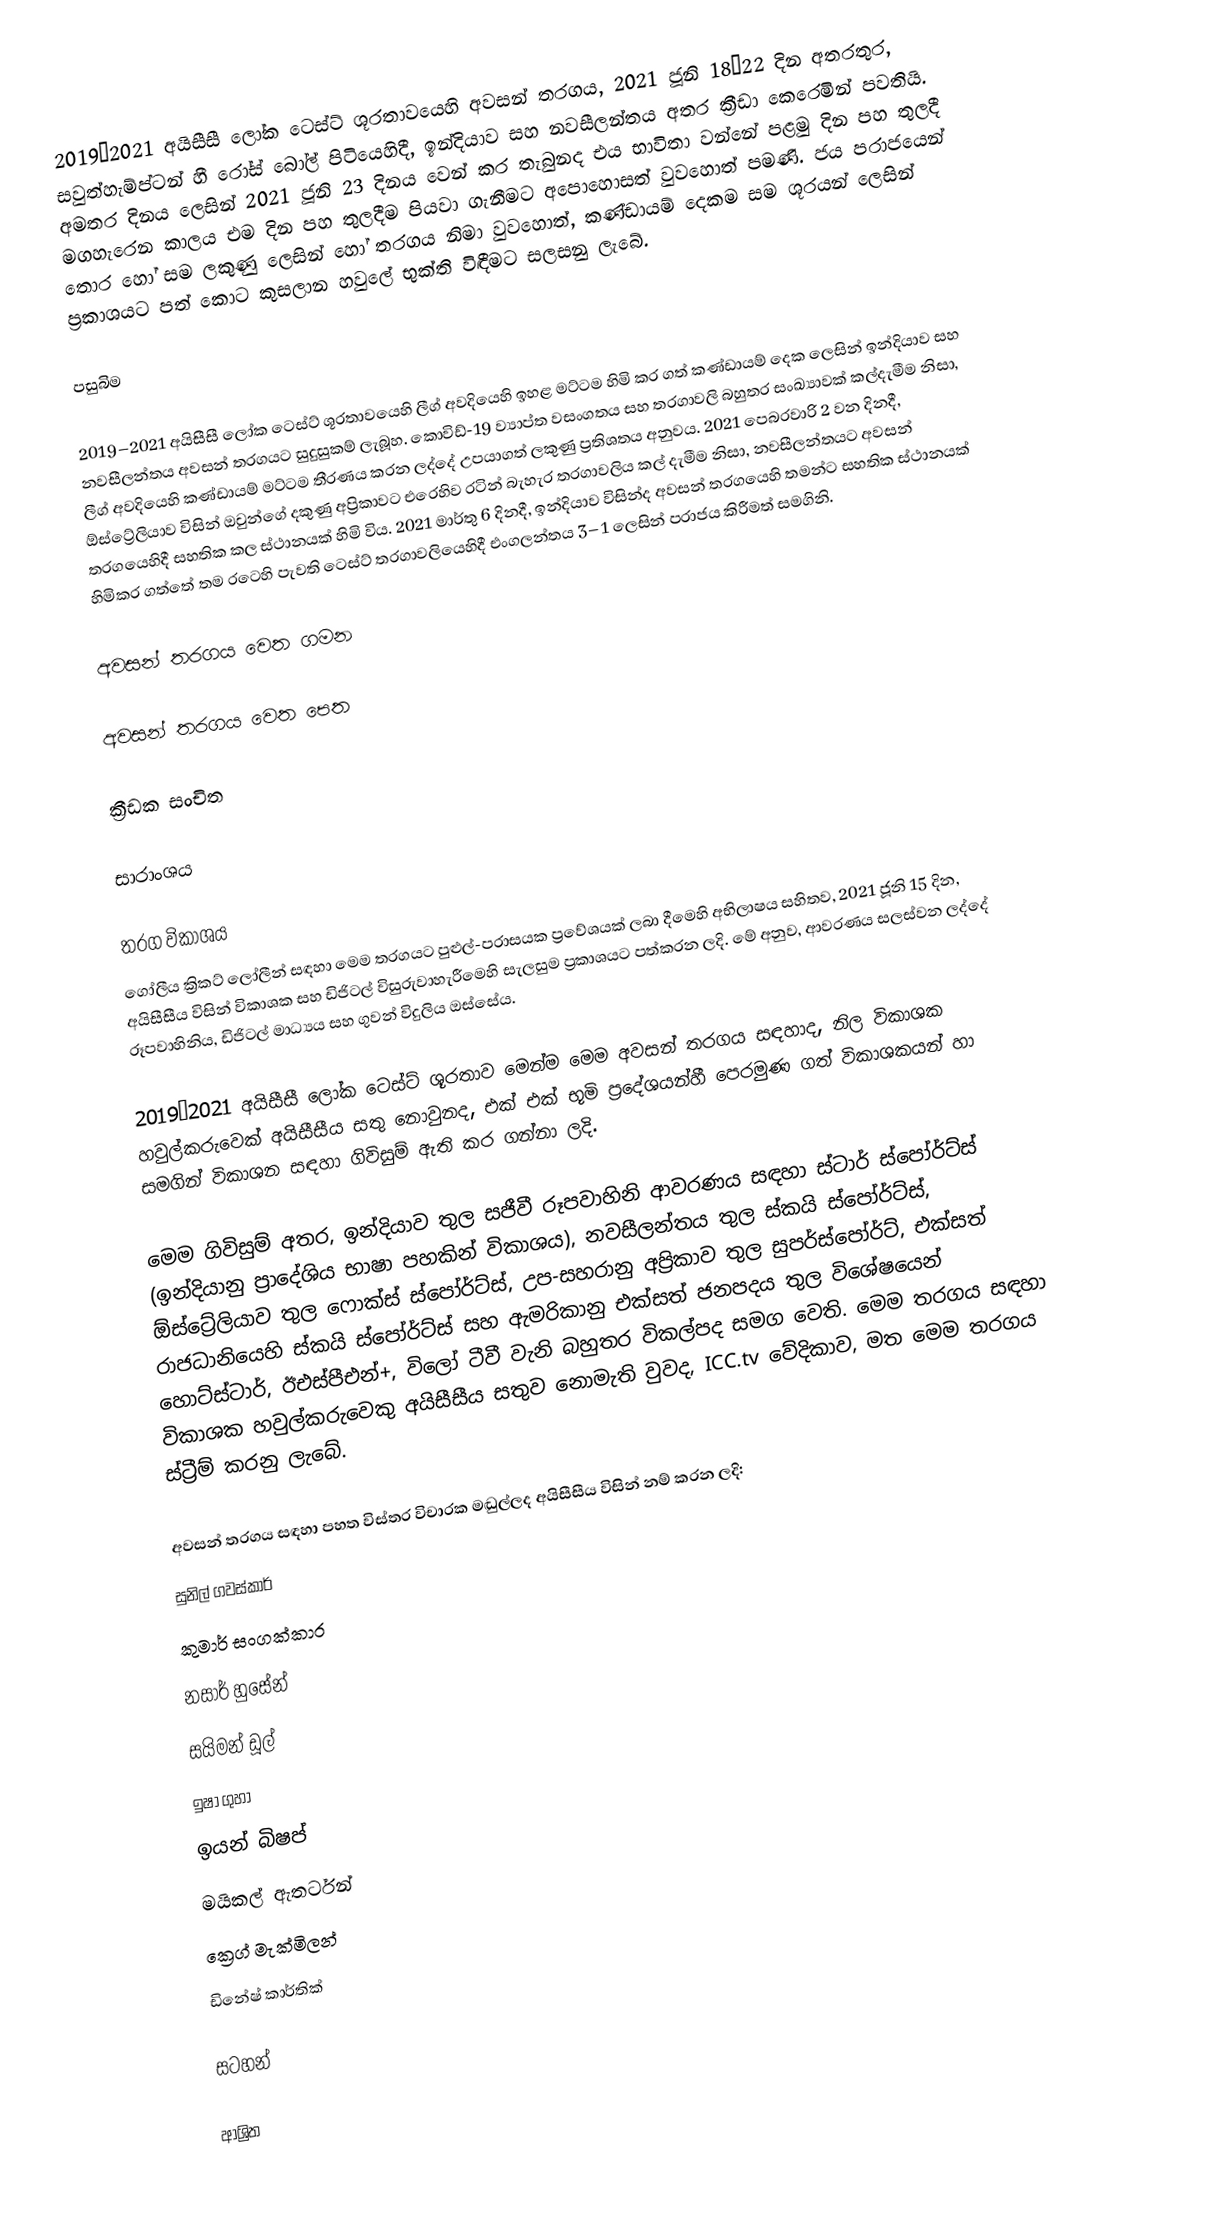
2019–2021 අයිසීසී ලෝක ටෙස්ට් ශූරතාවයෙහි අවසන් තරගය,  2021 ජූනි  18–22 දින අතරතුර, සවුත්හැම්ප්ටන් හී රෝස් බෝල් පිටියෙහිදී, ඉන්දියාව සහ නවසීලන්තය අතර ක්‍රීඩා කෙරෙමින් පවතියි. අමතර දිනය ලෙසින් 2021 ජූනි 23 දිනය වෙන් කර තැබුනද එය භාවිතා වන්නේ පළමු දින පහ තුලදී මගහැරෙන කාලය එම දින පහ තුලදීම පියවා ගැනීමට අපොහොසත් වුවහොත් පමණි.   ජය පරාජයෙන් තොර හෝ  සම ලකුණු ලෙසින් හෝ තරගය නිමා වුවහොත්, කණ්ඩායම් දෙකම සම ශූරයන් ලෙසින් ප්‍රකාශයට පත් කොට කුසලාන  හවුලේ භුක්ති විඳීමට සලසනු ලැබේ.

පසුබිම

 2019–2021 අයිසීසී ලෝක ටෙස්ට් ශූරතාවයෙහි ලීග් අවදියෙහි ඉහළ මට්ටම හිමි කර ගත් කණ්ඩායම් දෙක ලෙසින් ඉන්දියාව සහ නවසීලන්තය අවසන් තරගයට සුදුසුකම් ලැබූහ. කොවිඩ්-19 ව්‍යාප්ත වසංගතය සහ තරගාවලි බහුතර සංඛ්‍යාවක් කල්දැමීම නිසා, ලීග් අවදියෙහි කණ්ඩායම් මට්ටම තීරණය කරන ලද්දේ උපයාගත් ලකුණු ප්‍රතිශතය අනුවය.  2021 පෙබරවාරි 2 වන දිනදී, ඕස්ට්‍රේලියාව විසින් ඔවුන්ගේ දකුණු අප්‍රිකාවට එරෙහිව රටින් බැහැර තරගාවලිය කල් දැමීම නිසා, නවසීලන්තයට අවසන් තරගයෙහිදී සහතික කල ස්ථානයක් හිමි විය.   2021 මාර්තු 6 දිනදී, ඉන්දියාව විසින්ද අවසන් තරගයෙහි තමන්ට සහතික ස්ථානයක් හිමිකර ගත්තේ  තම රටෙහි පැවති ටෙස්ට් තරගාවලියෙහිදී එංගලන්තය 3–1 ලෙසින් පරාජය කිරීමත් සමගිනි.

අවසන් තරගය වෙත ගමන

අවසන් තරගය වෙත පෙත

ක්‍රීඩක සංචිත

සාරාංශය

තරග විකාශය
ගෝලීය ක්‍රිකට් ලෝලීන් සඳහා මෙම තරගයට පුළුල්-පරාසයක  ප්‍රවේශයක් ලබා දීමෙහි අභිලාෂය සහිතව, 2021 ජූනි 15 දින, අයිසීසීය විසින් විකාශක සහ ඩිජිටල් විසුරුවාහැරීමෙහි සැලසුම ප්‍රකාශයට පත්කරන ලදි.  මේ අනුව, ආවරණය සලස්වන ලද්දේ රූපවාහිනිය, ඩිජිටල් මාධ්‍යය සහ ගුවන් විදුලිය ඔස්සේය.

2019–2021 අයිසීසී ලෝක ටෙස්ට් ශූරතාව  මෙන්ම මෙම අවසන් තරගය සඳහාද, නිල විකාශක හවුල්කරුවෙක් අයිසීසීය සතු නොවුනද, එක් එක් භූමි ප්‍රදේශයන්හී පෙරමුණ ගත් විකාශකයන් හා සමගින් විකාශන සඳහා ගිවිසුම් ඇති කර ගන්නා ලදි.

මෙම ගිවිසුම් අතර, ඉන්දියාව තුල සජීවී රූපවාහිනි ආවරණය සඳහා ස්ටාර් ස්පෝර්ට්ස්  (ඉන්දියානු ප්‍රාදේශිය භාෂා පහකින් විකාශය), නවසීලන්තය තුල ස්කයි ස්පෝර්ට්ස්, ඕස්ට්‍රේලියාව තුල ෆොක්ස් ස්පෝර්ට්ස්, උප-සහරානු අප්‍රිකාව තුල සුපර්ස්පෝර්ට්, එක්සත් රාජධානියෙහි ස්කයි ස්පෝර්ට්ස් සහ ඇමරිකානු එක්සත් ජනපදය තුල විශේෂයෙන් හොට්ස්ටාර්, ඊඑස්පීඑන්+, විලෝ ටීවී වැනි බහුතර විකල්පද සමග වෙති. මෙම තරගය සඳහා විකාශක හවුල්කරුවෙකු අයිසීසීය සතුව නොමැති වුවද, ICC.tv වේදිකාව, මත මෙම තරගය ස්ට්‍රීම් කරනු ලැබේ.

අවසන් තරගය සඳහා පහත විස්තර විචාරක මඬුල්ලද අයිසීසීය විසින් නම් කරන ලදි:
සුනිල් ගවස්කාර්
කුමාර් සංගක්කාර
නසාර් හුසේන්
සයිමන් ඩූල්
ඉෂා ගුහා
ඉයන් බිෂප්
මයිකල් ඇතර්ටන්
ක්‍රෙග් මැක්මිලන්
ඩිනේෂ් කාර්තික්

සටහන්

ආශ්‍රිත